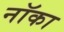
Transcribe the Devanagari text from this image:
नॉका